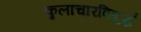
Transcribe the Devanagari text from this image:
कुलाचारविशुद्धं